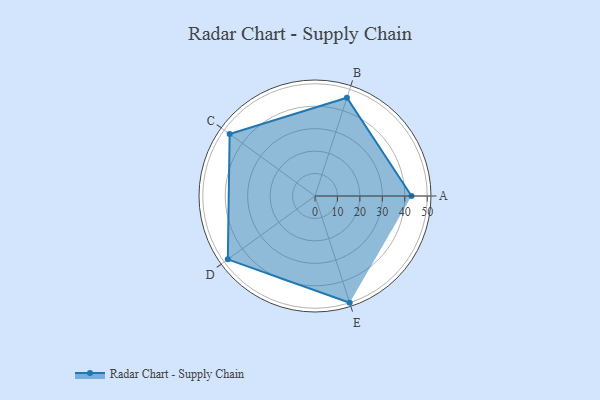
{"axis": {"x": "Skill", "y": "Score"}, "legend": ["Profile"], "data": [{"x": "A", "y": 43.0, "type": "Profile"}, {"x": "B", "y": 46.0, "type": "Profile"}, {"x": "C", "y": 47.0, "type": "Profile"}, {"x": "D", "y": 48.0, "type": "Profile"}, {"x": "E", "y": 50.0, "type": "Profile"}]}